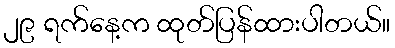
၂၉ ရက်နေ့က ထုတ်ပြန်ထားပါတယ်။